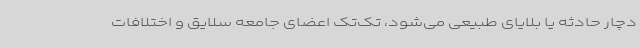
دچار حادثه یا بلایای طبیعی می‌شود، تک‌تک اعضای جامعه سلایق و اختلافات